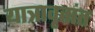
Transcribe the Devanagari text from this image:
यात्रावृतांत